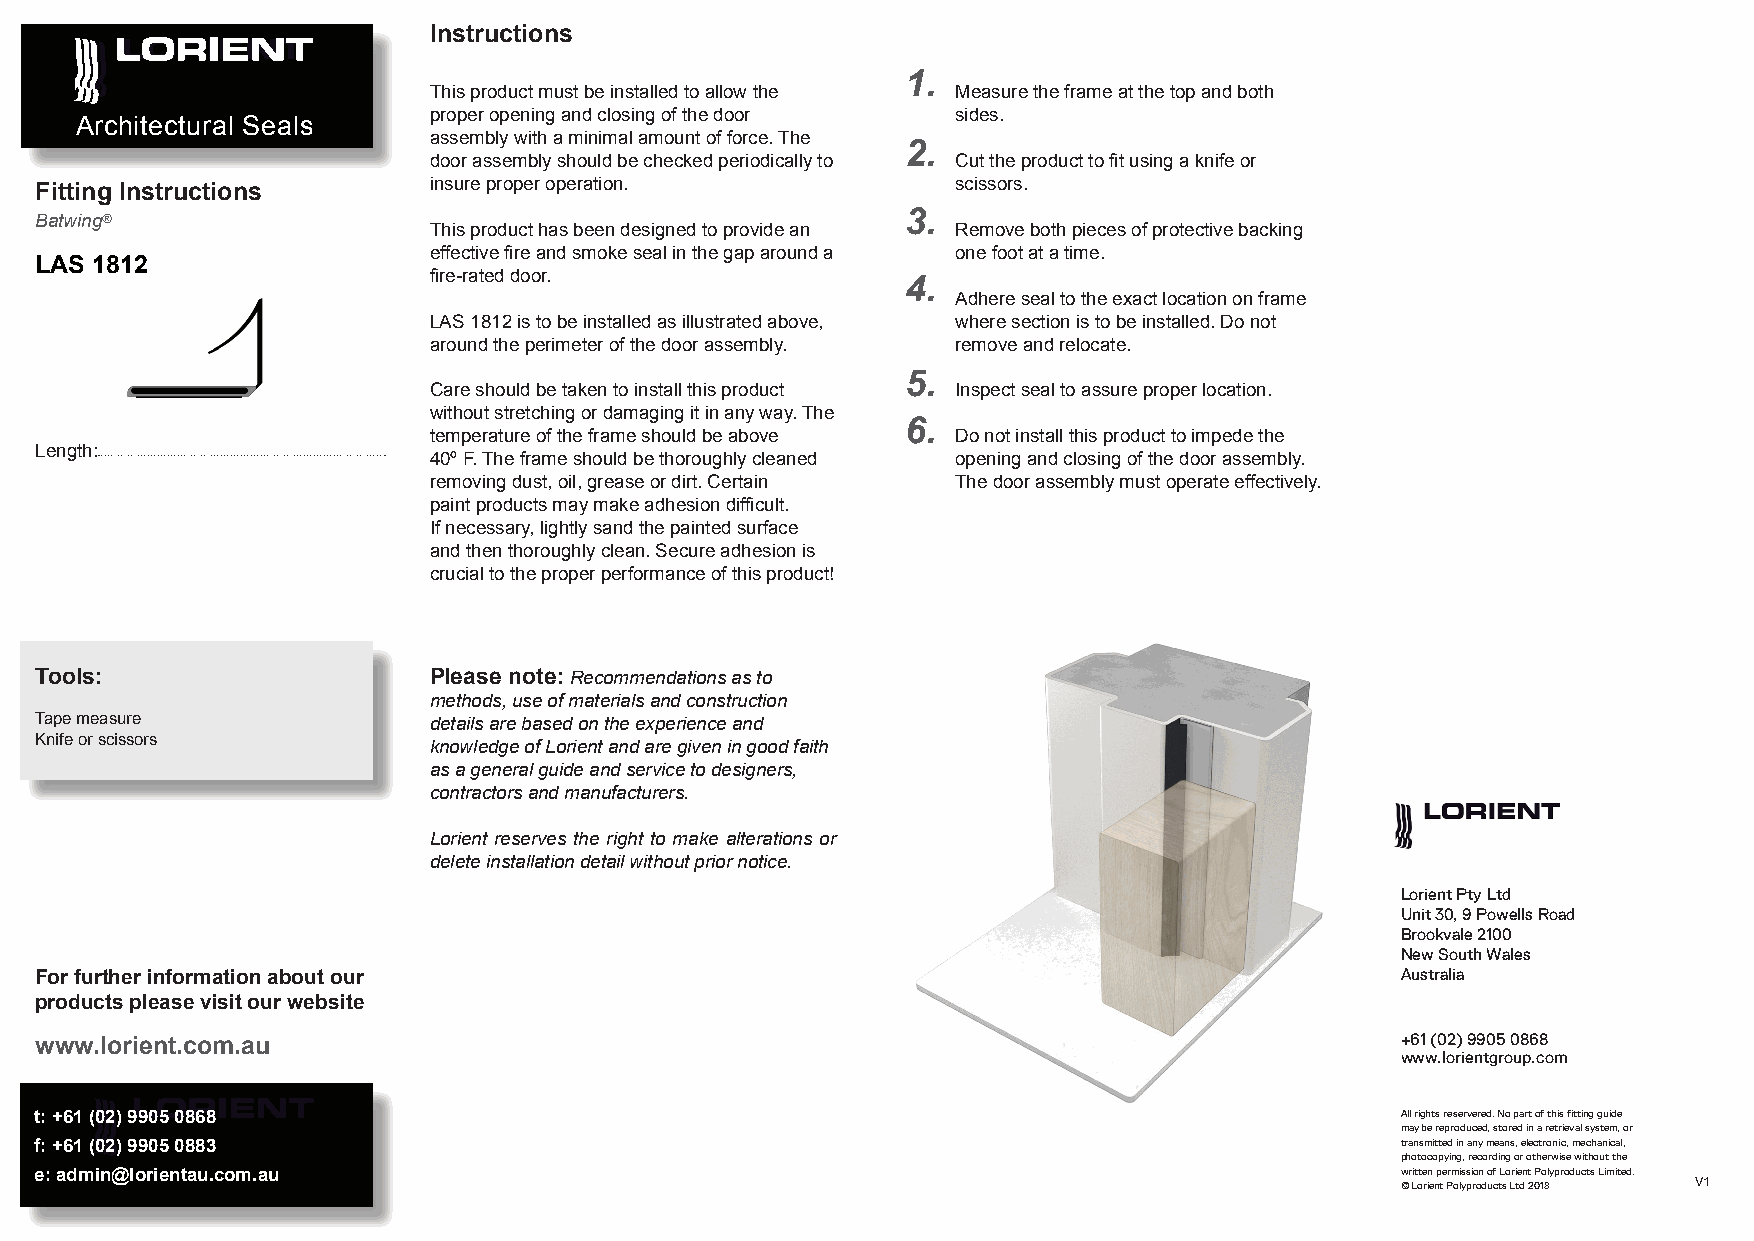
Instructions
 1.
 This product must be installed to allow the Measure the frame at the top and both
 proper opening and closing of the door sides.
 Architectural Seals
 assembly with a minimal amount of force. The
 2.
 door assembly should be checked periodically to Cut the product to fit using a knife or
 insure proper operation.           scissors.
 Fitting Instructions
 Batwing®                                                  3.
 This product has been designed to provide an Remove both pieces of protective backing
 effective fire and smoke seal in the gap around a one foot at a time.
 LAS 1812
 fire-rated door.
 4.
 Adhere seal to the exact location on frame
 LAS 1812 is to be installed as illustrated above, where section is to be installed. Do not
 around the perimeter of the door assembly. remove and relocate.
 5.
 Care should be taken to install this product Inspect seal to assure proper location.
 without stretching or damaging it in any way. The
 6.
 temperature of the frame should be above Do not install this product to impede the
 Length:
 40º F. The frame should be thoroughly cleaned opening and closing of the door assembly.
 removing dust, oil, grease or dirt. Certain The door assembly must operate effectively.
 paint products may make adhesion difficult.
 If necessary, lightly sand the painted surface
 and then thoroughly clean. Secure adhesion is
 crucial to the proper performance of this product!
 Tools:                    Please note: Recommendations as to
 methods, use of materials and construction
 Tape measure              details are based on the experience and
 Knife or scissors
 knowledge of Lorient and are given in good faith
 as a general guide and service to designers,
 contractors and manufacturers.
 Lorient reserves the right to make alterations or
 delete installation detail without prior notice.
 Lorient Pty Ltd
 Unit 30, 9 Powells Road
 Brookvale 2100
 New South Wales
 For further information about our                                                          Australia
 products please visit our website
 +61 (02) 9905 0868
 www.lorient.com.au
 www.lorientgroup.com
 t: +61 (02) 9905 0868                                                                      All rights reservered. No part of this fitting guide
 may be reproduced, stored in a retrieval system, or
 f: +61 (02) 9905 0883                                                                      transmitted in any means, electronic, mechanical,
 photocopying, recording or otherwise without the
 e: admin@lorientau.com.au                                                                  written permission of Lorient Polyproducts Limited.
 © Lorient Polyproducts Ltd 2018 V1